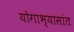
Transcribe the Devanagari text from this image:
योगाभ्यासांत